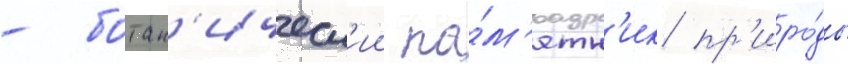
- ботан'ическ'ии па́м'ятн'ик пр'иро́ды